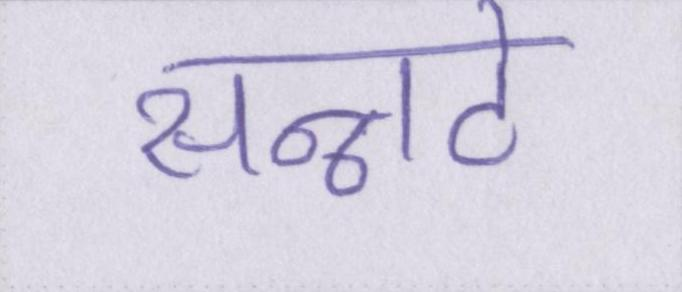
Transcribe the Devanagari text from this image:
सन्नाटे